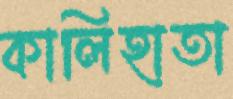
কালিহাতা